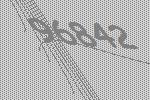
96842